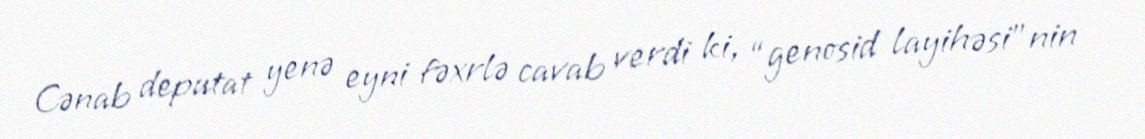
Cənab deputat yenə eyni fəxrlə cavab verdi ki, “genosid layihəsi”nin